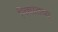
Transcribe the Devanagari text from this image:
निधातव्य